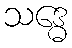
သဒ္ဓေ